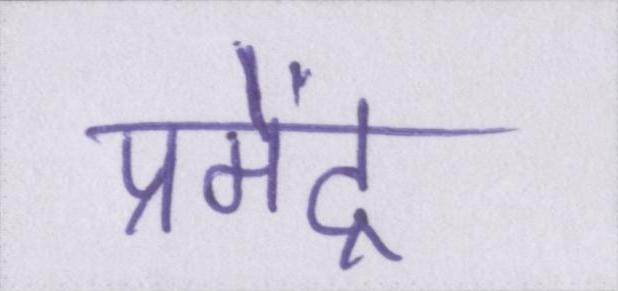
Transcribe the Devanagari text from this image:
प्रमेंद्र